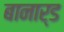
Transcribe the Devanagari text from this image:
बानार्ड